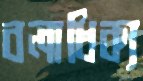
বলাধিক্য